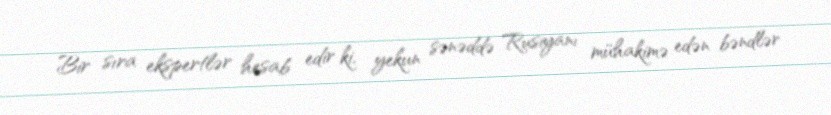
Bir sıra ekspertlər hesab edir ki, yekun sənəddə Rusiyanı mühakimə edən bəndlər